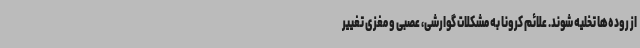
از روده‌ها تخلیه شوند. علائم کرونا به مشکلات گوارشی، عصبی و مغزی تغییر